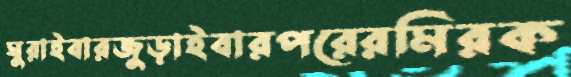
ঘুরাইবারজুড়াইবারপরেরমিরক